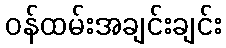
ဝန်ထမ်းအချင်းချင်း